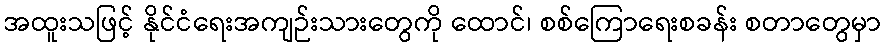
အထူးသဖြင့် နိုင်ငံရေးအကျဉ်းသားတွေကို ထောင်၊ စစ်ကြောရေးစခန်း စတာတွေမှာ